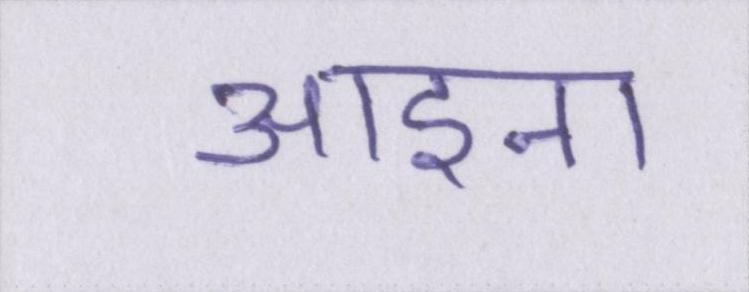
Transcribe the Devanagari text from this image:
आइना